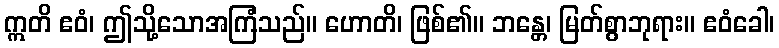
ဣတိ ဧဝံ၊ ဤသို့သောအကြံသည်။ ဟောတိ၊ ဖြစ်၏။ ဘန္တေ၊ မြတ်စွာဘုရား။ ဧဝံခေါ၊